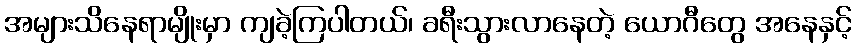
အများသိနေရာမျိုးမှာ ကျခဲ့ကြပါတယ်၊ ခရီးသွားလာနေတဲ့ ယောဂီတွေ အနေနှင့်